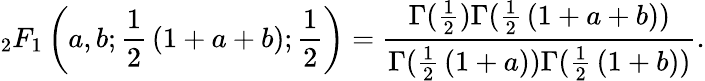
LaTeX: _{2}F_{1}\left(a,b;{\frac{1}{2}}\left(1+a+b\right);{\frac{1}{2}}\right)={\frac{\Gamma({\frac{1}{2}})\Gamma({\frac{1}{2}}\left(1+a+b\right))}{\Gamma({\frac{1}{2}}\left(1+a)\right)\Gamma({\frac{1}{2}}\left(1+b\right))}}.